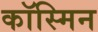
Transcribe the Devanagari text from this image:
कॉस्मिन